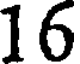
16